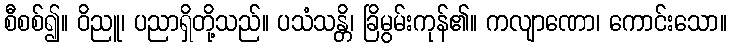
စီစစ်၍။ ဝိညူ၊ ပညာရှိတို့သည်။ ပသံသန္တိ၊ ခြိမွမ်းကုန်၏။ ကလျာဏော၊ ကောင်းသော။